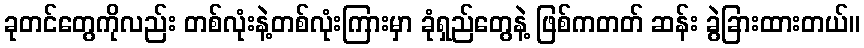
ခုတင်တွေကိုလည်း တစ်လုံးနဲ့တစ်လုံးကြားမှာ ခုံရှည်တွေနဲ့ ဖြစ်ကတတ် ဆန်း ခွဲခြားထားတယ်။